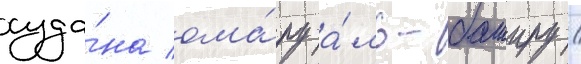
суда́на ома́ру а́ль-баширу /